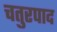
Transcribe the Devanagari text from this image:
चतुरपाद